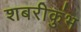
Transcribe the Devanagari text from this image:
शबरीकुंभ